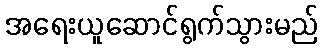
အရေးယူဆောင်ရွက်သွားမည်